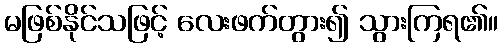
မဖြစ်နိုင်သဖြင့် လေးဖက်တွား၍ သွားကြရ၏။